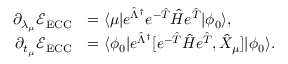
\begin{array} { r l } { \partial _ { \lambda _ { \mu } } \mathcal E _ { \mathrm { E C C } } } & { = \langle \mu \vert e ^ { \hat { \Lambda } ^ { \dagger } } e ^ { - \hat { T } } \hat { H } e ^ { \hat { T } } \vert \phi _ { 0 } \rangle , } \\ { \partial _ { t _ { \mu } } \mathcal E _ { \mathrm { E C C } } } & { = \langle \phi _ { 0 } \vert e ^ { \hat { \Lambda } ^ { \dagger } } [ e ^ { - \hat { T } } \hat { H } e ^ { \hat { T } } , \hat { X } _ { \mu } ] \vert \phi _ { 0 } \rangle . } \end{array}